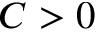
C > 0